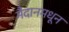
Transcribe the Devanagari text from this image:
मैदानमधून